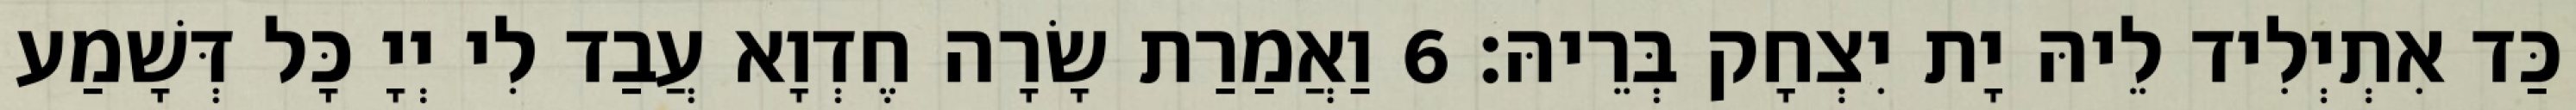
כַּד אִתְיְלִיד לֵיהּ יָת יִצְחָק בְּרֵיהּ׃ 6 וַאֲמַרַת שָׂרָה חֶדְוָא עֲבַד לִי יְיָ כָּל דְּשָׁמַע